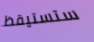
ستستيقظ